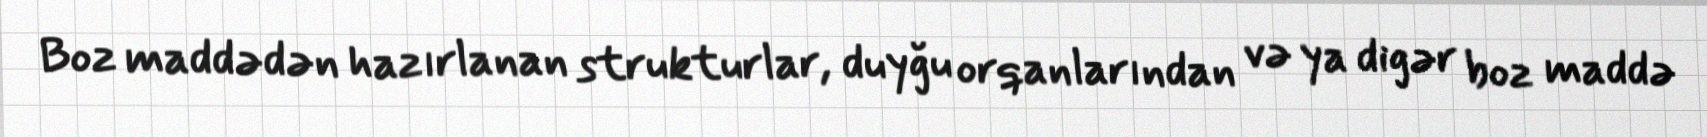
Boz maddədən hazırlanan strukturlar, duyğu orqanlarından və ya digər boz maddə